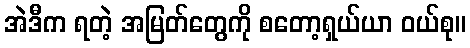
အဲဒီက ရတဲ့ အမြတ်တွေကို စတော့ရှယ်ယာ ဝယ်စု။